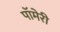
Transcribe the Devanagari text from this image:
पॉमेरी